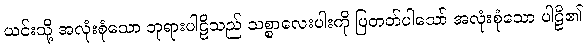
ယင်းသို့ အလုံးစုံသော ဘုရားပါဠိသည် သစ္စာလေးပါးကို ပြတတ်ပါသော် အလုံးစုံသော ပါဠိ၏